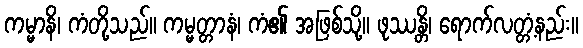
ကမ္မာနိ၊ ကံတို့သည်။ ကမ္မတ္တာနံ၊ ကံ၏ အဖြစ်သို့။ ဖုဿန္တိ၊ ရောက်လတ္တံ့နည်း။